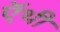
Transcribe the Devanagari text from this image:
ऍथी